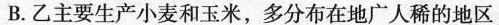
B.乙主要生产小麦和玉米，多分布在地广人稀的地区